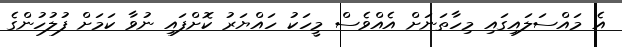
އެ މައްސަލައިގައި މިހާތަނަށް އެއްވެސް މީހަކު ހައްޔަރު ކޮށްފައި ނުވާ ކަމަށް ފުލުހުންގެ